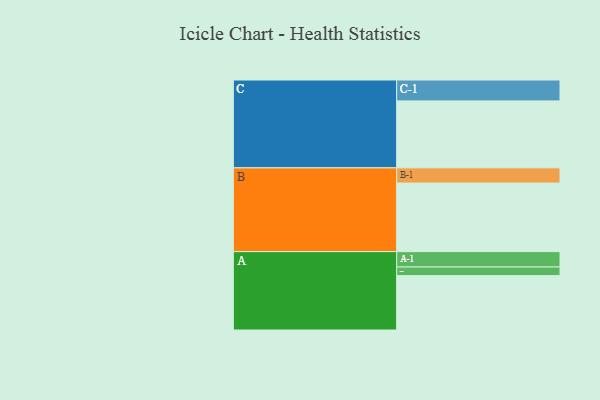
{"axis": {"x": "Segment", "y": "Value"}, "legend": ["", "A", "B", "C"], "data": [{"x": "A", "y": 372, "type": ""}, {"x": "B", "y": 469, "type": ""}, {"x": "C", "y": 458, "type": ""}, {"x": "A-1", "y": 105, "type": "A"}, {"x": "A-2", "y": 59, "type": "A"}, {"x": "B-1", "y": 104, "type": "B"}, {"x": "C-1", "y": 143, "type": "C"}]}